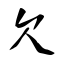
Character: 欠